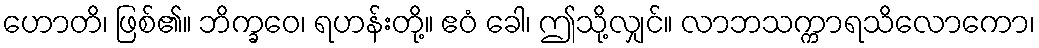
ဟောတိ၊ ဖြစ်၏။ ဘိက္ခဝေ၊ ရဟန်းတို့။ ဧဝံ ခေါ၊ ဤသို့လျှင်။ လာဘသက္ကာရသိလောကော၊